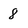
Character: 8